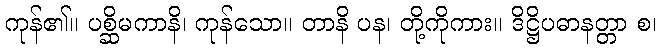
ကုန်၏။ ပစ္ဆိမကာနိ၊ ကုန်သော။ တာနိ ပန၊ တို့ကိုကား။ ဒိဋ္ဌိပဓာနတ္တာ စ၊